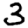
Digit: 3